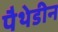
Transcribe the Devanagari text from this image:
पैथेडीन